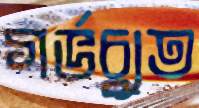
গর্ভচ্যুত